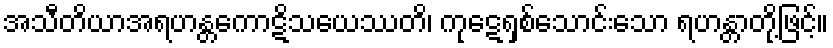
အသီတိယာအရဟန္တကောဋိသယေဿတိ၊ ကုဋေရှစ်သောင်းသော ရဟန္တာတို့ဖြင့်။